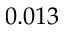
0 . 0 1 3